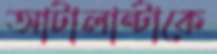
আটালান্টাকে